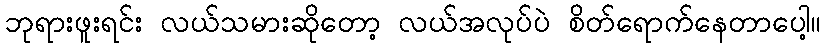
ဘုရားဖူးရင်း လယ်သမားဆိုတော့ လယ်အလုပ်ပဲ စိတ်ရောက်နေတာပေါ့။